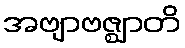
အဗျာဗဇ္ဈာတိ